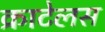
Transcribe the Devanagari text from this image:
क्राटेलस